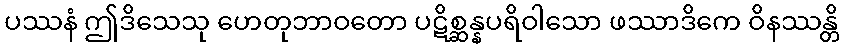
ပဿနံ ဤဒိသေသု ဟေတုဘာဝတော ပဋိစ္ဆန္နပရိဝါသော ဖဿာဒိကေ ဝိနဿန္တိ